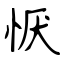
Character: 恹